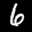
Label: 6